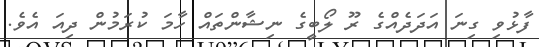
ފާޅުވި ގިނަ އަދަދެއްގެ ރޫ ލޯބީގެ ނިޝާންތައް ހާމަ ކުރަމުން ދިއަ އެވެ.